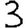
Digit: 3